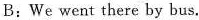
B:We went there by bus.